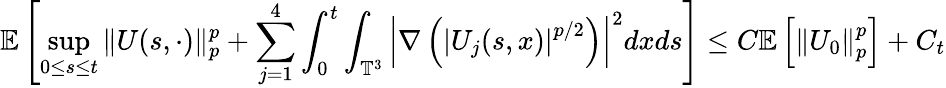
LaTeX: \mathbb{E}\left[\operatorname*{sup}_{0\leq s\leq t}\| U(s,\cdot)\| _{p}^{p}+\sum_{j=1}^{4}\int_{0}^{t}\int_{\mathbb{T}^{3}}\left|\nabla\left(\left|U_{j}(s,x)\right|^{p/2}\right)\right|^{2}dxds\right]\leq C\mathbb{E}\left[\left\| U_{0}\right\| _{p}^{p}\right]+C_{t}